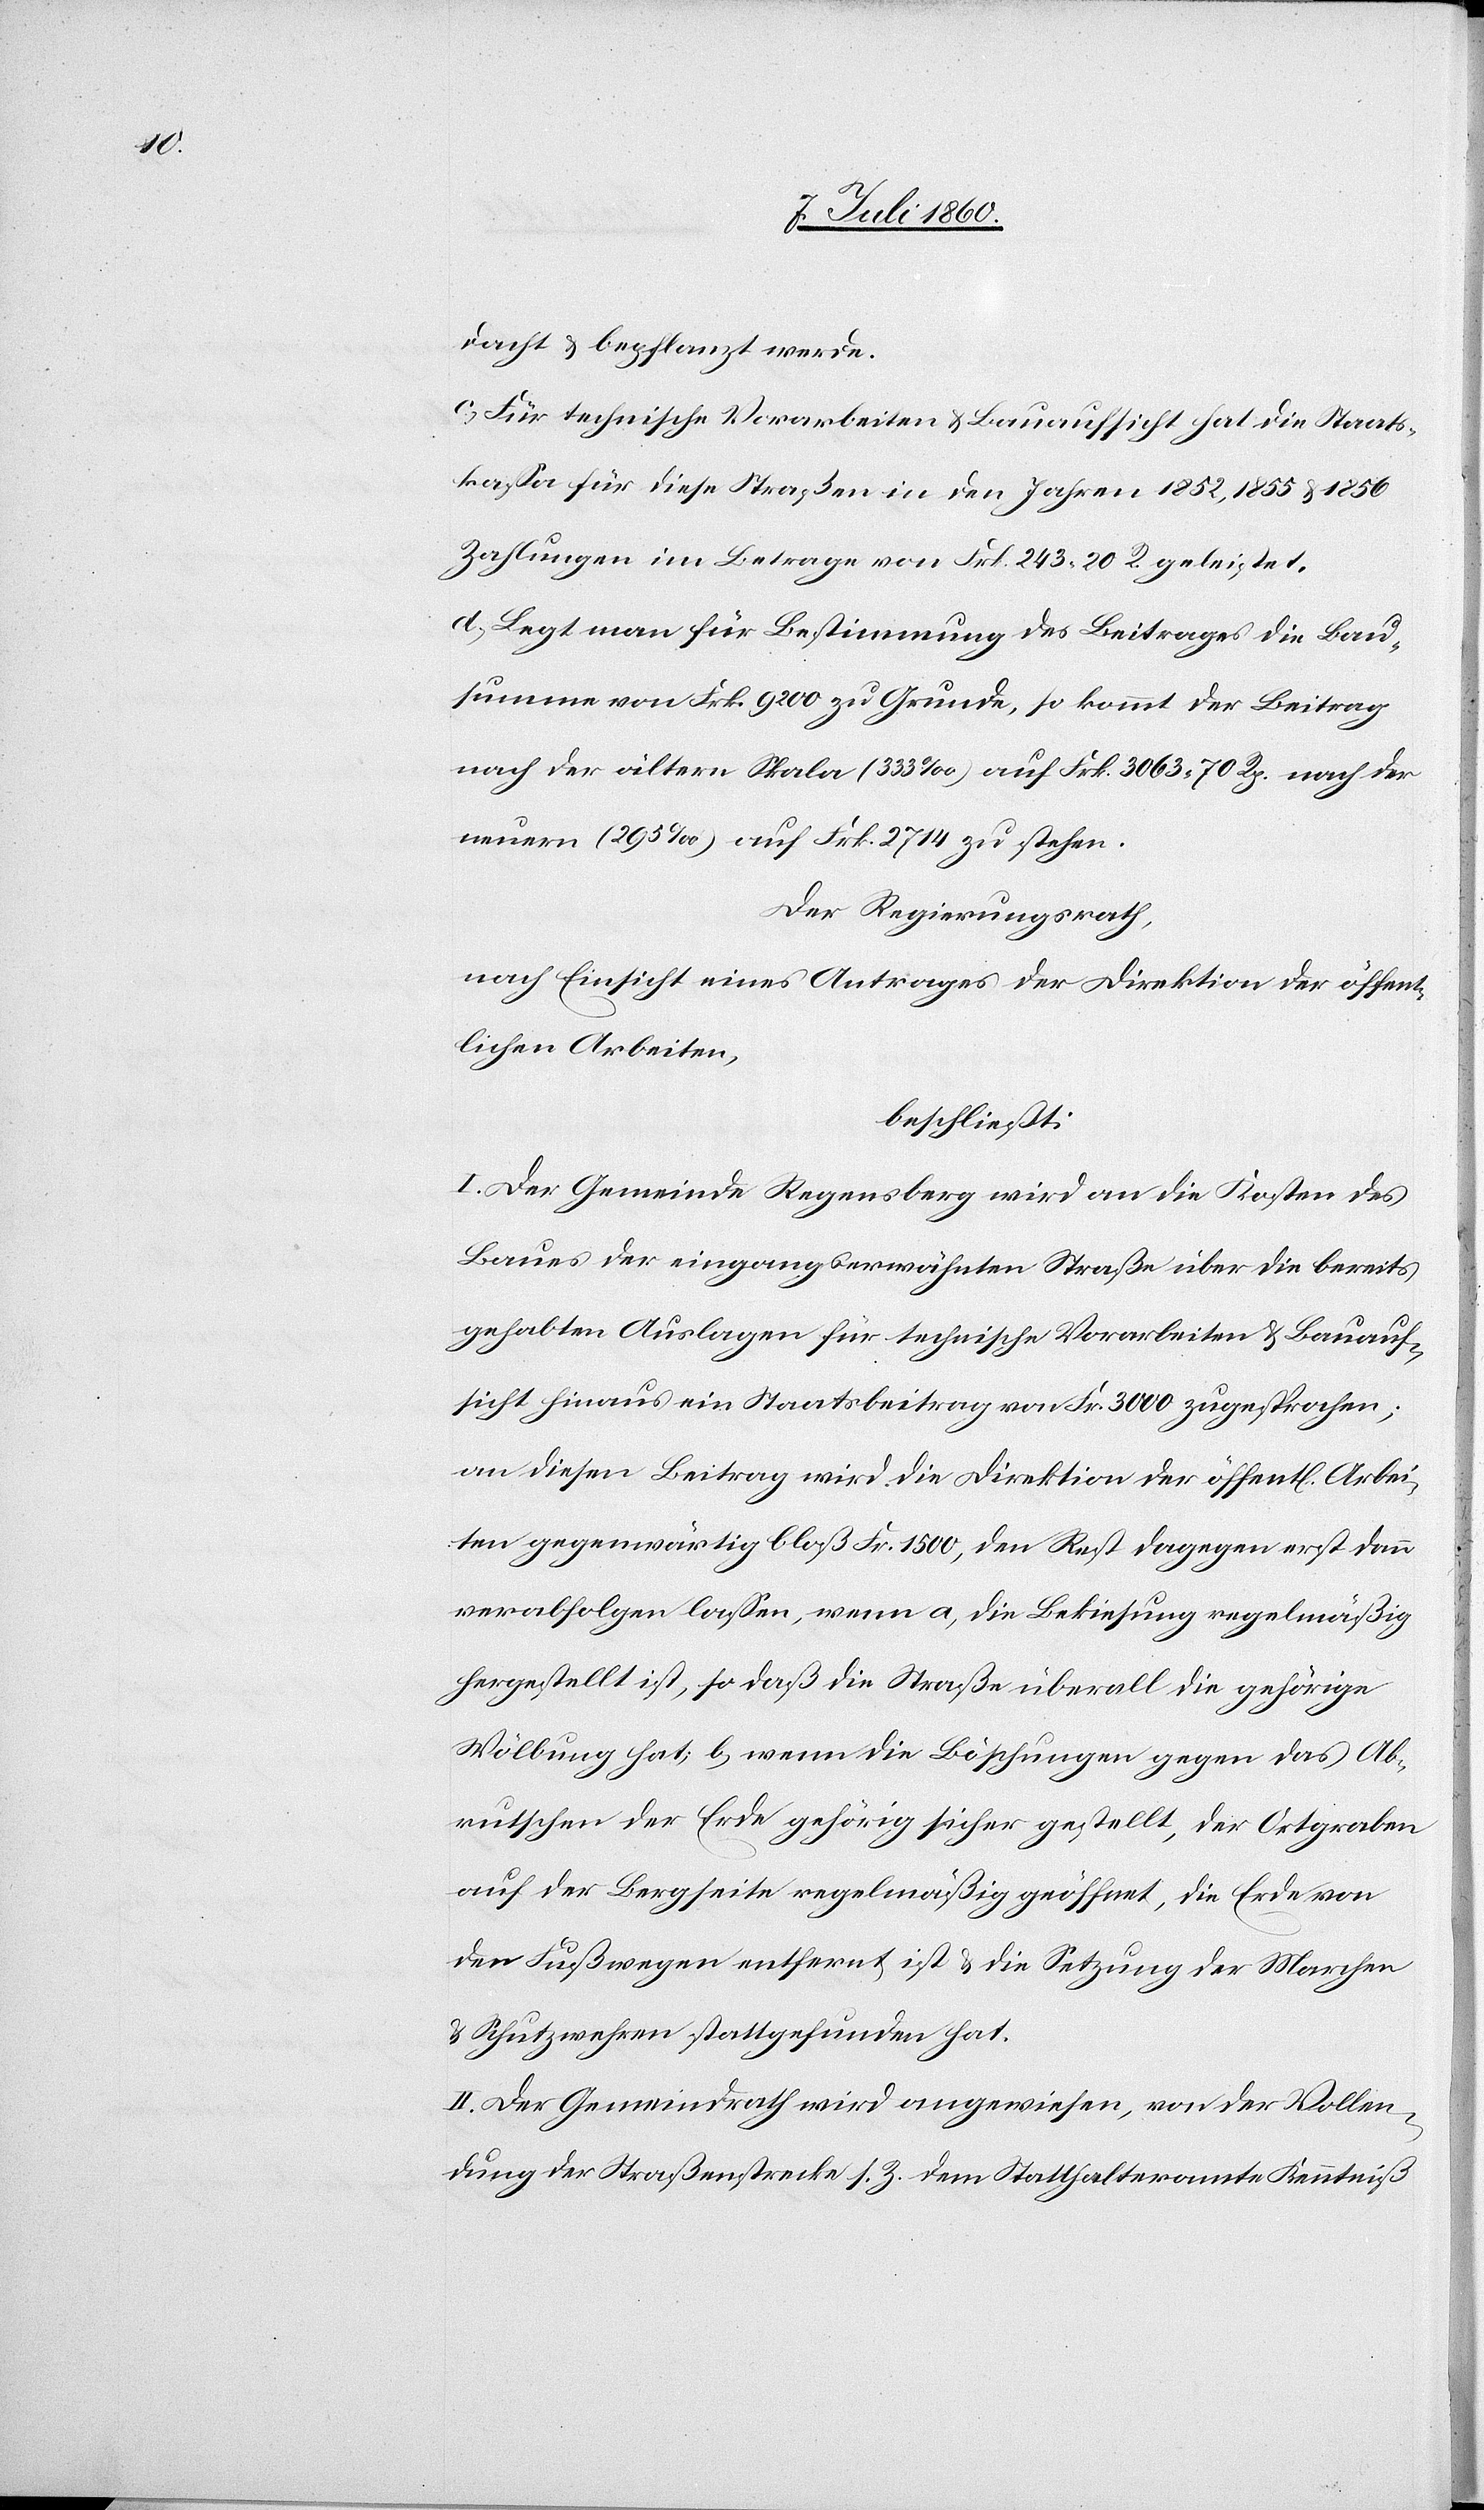
dacht & bepflanzt werde.
c. Für technische Vorarbeiten & Bauaufsicht hat die Staats¬
kassa für diese Straßen in den Jahren 1852, 1855 & 1856
Zahlungen im Betrage von Frk. 243. 20 R. geleistet.
d. Legt man für Bestimmung des Beitrages die Bau¬
summe von Frk. 9200 zu Grunde, so kommt der Beitrag
nach der ältern Skala (333‰) auf Frk. 3063. 70 Rp. nach deren
neuern (295‰) auf Frk. 2714 zu stehen.
Der Regierungsrath,
nach Einsicht eines Antrages der Direktion der öffent¬
lichen Arbeiten,
beschließt:
I. Der Gemeinde Regensberg wird an die Kosten des
Baues der eingangserwähnten Straße über die bereits
gehabten Auslagen für technische Vorarbeiten & Bauauf¬
sicht hinaus ein Staatsbeitrag von Fr. 3000 zugesprochen;
an diesen Beitrag wird die Direktion der öffentl. Arbei¬
ten gegenwärtig bloß Fr. 1500, den Rest dagegen erst dann
verabfolgen lassen, wenn a, die Bekiesung regelmäßig
hergestellt ist, so daß die Straße überall die gehörige
Wölbung hat; b, wenn die Böschungen gegen das Ab¬
rutschen der Erde gehörig sicher gestellt, der Ortgraben
auf der Bergseite regelmäßig geöffnet, die Erde von
den Fußwegen entfernt ist & die Setzung der Marchen
& Schutzwehren stattgefunden hat.
II. Der Gemeindrath wird angewiesen, von der Vollen¬
dung der Straßenstrecke s. Z. dem Statthalteramte Kenntniß